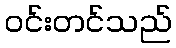
ဝင်းတင်သည်